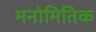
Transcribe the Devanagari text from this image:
मनोमितिक